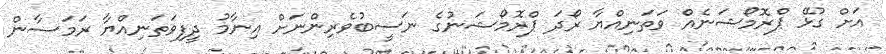
އަށް ގުޅޭ ޕްރޮމޯޝަނެއް ވަތަނިއްޔާ ރޯދަ ޕްރޮމޯޝަނުގެ ނަސީބުވެރިންނަށް އިނާމު ދީފިވަތަނިއްޔާ ރަމަޟާން